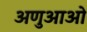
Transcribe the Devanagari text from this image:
अणुआओ